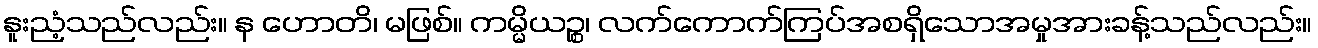
နူးညံ့သည်လည်း။ န ဟောတိ၊ မဖြစ်။ ကမ္မိယဉ္စ၊ လက်ကောက်ကြပ်အစရှိသောအမှုအားခန့်သည်လည်း။